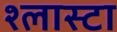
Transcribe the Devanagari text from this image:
श्लास्टा